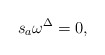
\begin{align*}s_{a}\omega ^{\Delta }=0, \end{align*}